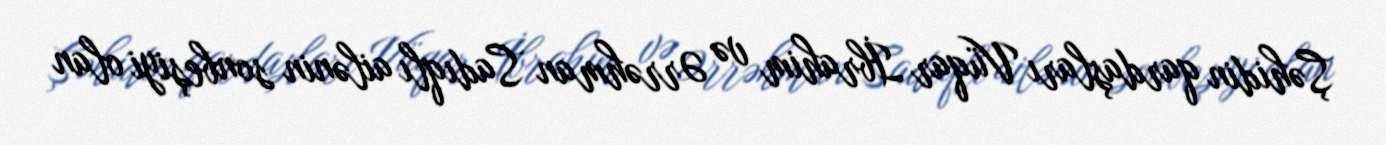
Şəhidin qardaşları Vüqar İbrahim və Ərrəhman Sadıqlı ailənin sonbeşiyi olan